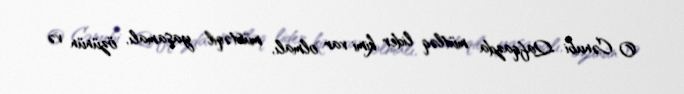
O Cənubi Qafqazda mütləq lider kimi var olmalı, müstəqil yaşamalı, özünün və